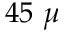
4 5 ~ \mu